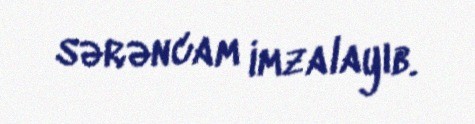
sərəncam imzalayıb.